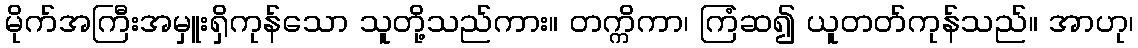
မိုက်အကြီးအမှူးရှိကုန်သော သူတို့သည်ကား။ တက္ကိကာ၊ ကြံဆ၍ ယူတတ်ကုန်သည်။ အာဟု၊